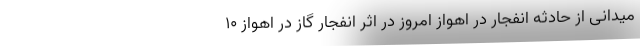
میدانی از حادثه انفجار در اهواز امروز در اثر انفجار گاز در اهواز ۱۰